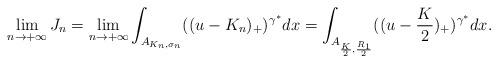
LaTeX: \begin{align*}\lim_{n \to +\infty}J_{n} =\lim_{n \to +\infty}\int_{A_{K_{n}, \sigma_{n}}}(( u-K_{n})_{+})^{\gamma^{*}}dx=\int_{A_{\frac{K}{2}, \frac{R_1}{2}}}(( u-\frac{K}{2})_{+})^{\gamma^{*}}dx.\end{align*}